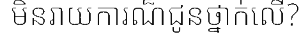
មិនរាយការណ៏ជូនថ្នាក់លើ?